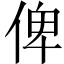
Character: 俾